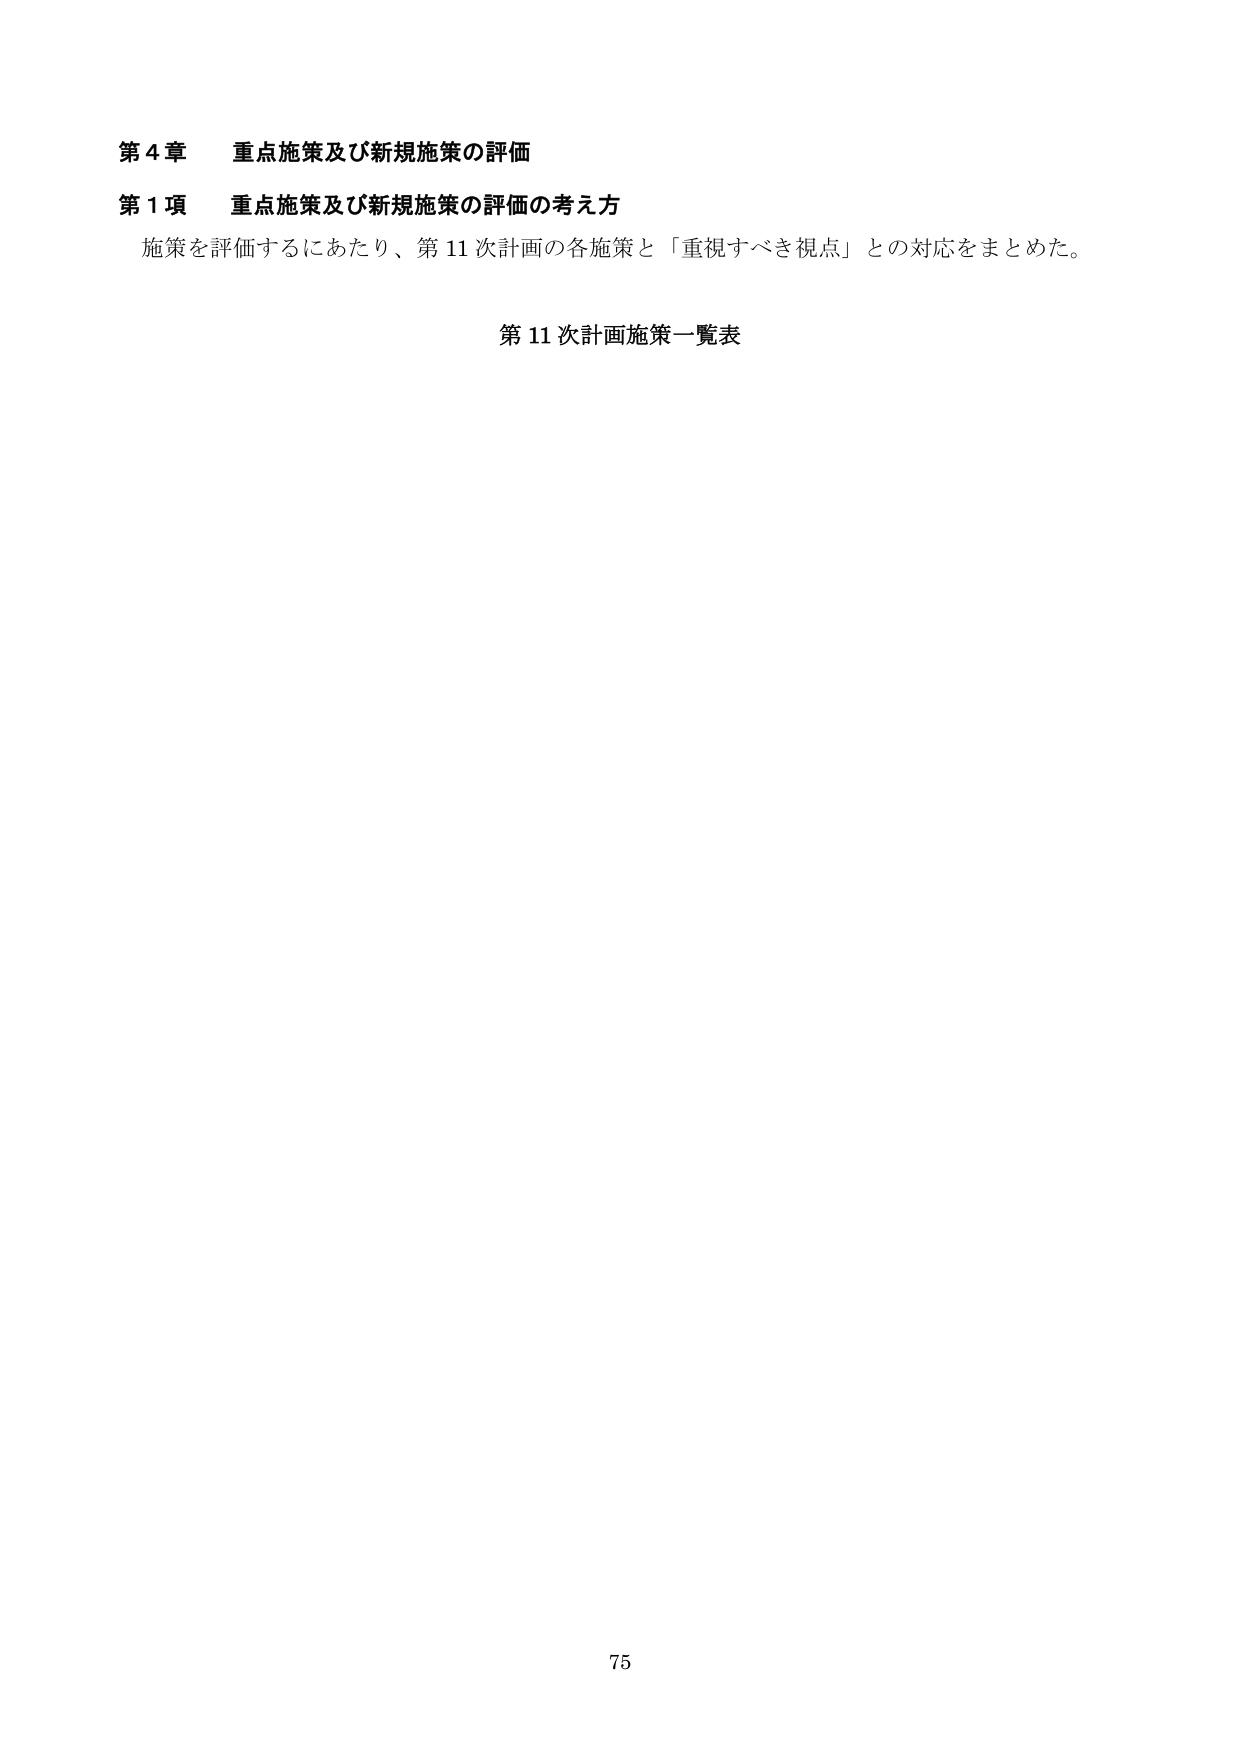
第４章　重点施策及び新規施策の評価
第１項　重点施策及び新規施策の評価の考え方
施策を評価するにあたり、第11次計画の各施策と「重視すべき視点」との対応をまとめた。
第11次計画施策一覧表
75